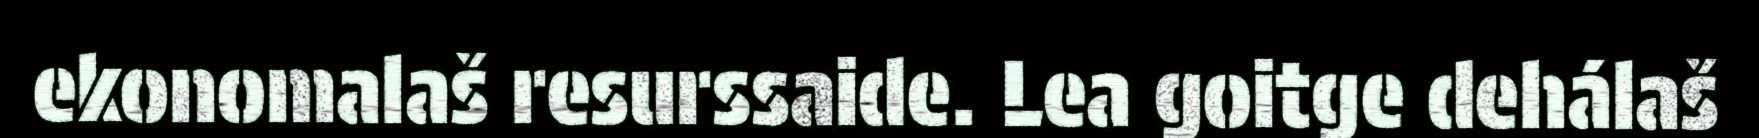
ekonomalaš resurssaide. Lea goitge dehálaš